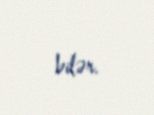
bilər.